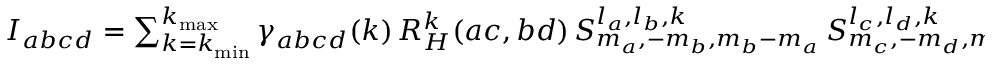
\begin{array} { r } { I _ { a b c d } = \sum _ { k = k _ { \mathrm { m i n } } } ^ { k _ { \mathrm { m a x } } } \gamma _ { a b c d } ( k ) \, R _ { H } ^ { k } ( a c , b d ) \, S _ { m _ { a } , - m _ { b } , m _ { b } - m _ { a } } ^ { l _ { a } , l _ { b } , k } \, S _ { m _ { c } , - m _ { d } , m _ { d } - m _ { c } } ^ { l _ { c } , l _ { d } , k } } \end{array}